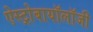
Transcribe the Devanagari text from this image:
ऐस्ट्रोबायॉलॉजी